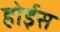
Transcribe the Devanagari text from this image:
होईस